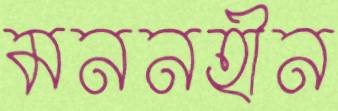
মননহীন